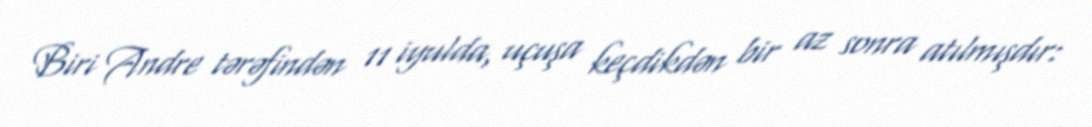
Biri Andre tərəfindən 11 iyulda, uçuşa keçdikdən bir az sonra atılmışdır: